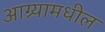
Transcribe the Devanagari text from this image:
आग्र्यामधील